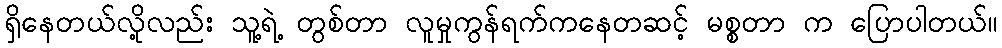
ရှိနေတယ်လို့လည်း သူ့ရဲ့ တွစ်တာ လူမှုကွန်ရက်ကနေတဆင့် မစ္စတာ က ပြောပါတယ်။